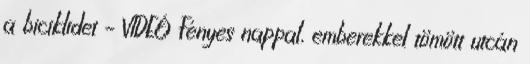
a biciklidet – VIDEÓ Fényes nappal, emberekkel tömött utcán